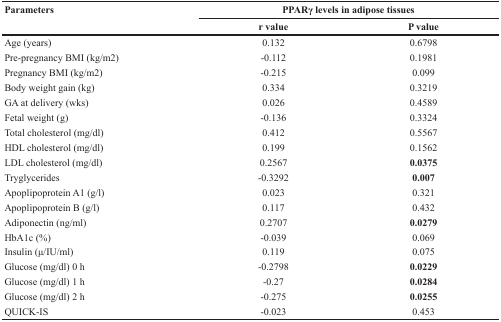
<table><thead><tr><td><b>Parameters</b></td><td colspan="2"><b>PPARγ levels in adipose tissues</b></td></tr><tr><td></td><td><b>r value</b></td><td><b>P value</b></td></tr></thead><tbody><tr><td>Age (years)</td><td>0.132</td><td>0.6798</td></tr><tr><td>Pre-pregnancy BMI (kg/m2)</td><td>-0.112</td><td>0.1981</td></tr><tr><td>Pregnancy BMI (kg/m2)</td><td>-0.215</td><td>0.099</td></tr><tr><td>Body weight gain (kg)</td><td>0.334</td><td>0.3219</td></tr><tr><td>GA at delivery (wks)</td><td>0.026</td><td>0.4589</td></tr><tr><td>Fetal weight (g)</td><td>-0.136</td><td>0.3324</td></tr><tr><td>Total cholesterol (mg/dl)</td><td>0.412</td><td>0.5567</td></tr><tr><td>HDL cholesterol (mg/dl)</td><td>0.199</td><td>0.1562</td></tr><tr><td>LDL cholesterol (mg/dl)</td><td>0.2567</td><td><b>0.0375</b></td></tr><tr><td>Tryglycerides</td><td>-0.3292</td><td><b>0.007</b></td></tr><tr><td>Apoplipoprotein A1 (g/l)</td><td>0.023</td><td>0.321</td></tr><tr><td>Apoplipoprotein B (g/l)</td><td>0.117</td><td>0.432</td></tr><tr><td>Adiponectin (ng/ml)</td><td>0.2707</td><td><b>0.0279</b></td></tr><tr><td>HbA1c (%)</td><td>-0.039</td><td>0.069</td></tr><tr><td>Insulin (μ/IU/ml)</td><td>0.119</td><td>0.075</td></tr><tr><td>Glucose (mg/dl) 0 h</td><td>-0.2798</td><td><b>0.0229</b></td></tr><tr><td>Glucose (mg/dl) 1 h</td><td>-0.27</td><td><b>0.0284</b></td></tr><tr><td>Glucose (mg/dl) 2 h</td><td>-0.275</td><td><b>0.0255</b></td></tr><tr><td>QUICK-IS</td><td>-0.023</td><td>0.453</td></tr></tbody></table>